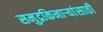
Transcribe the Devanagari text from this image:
समुद्रकिनार्‍यांसाठी